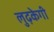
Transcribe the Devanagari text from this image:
लुढ़केगी